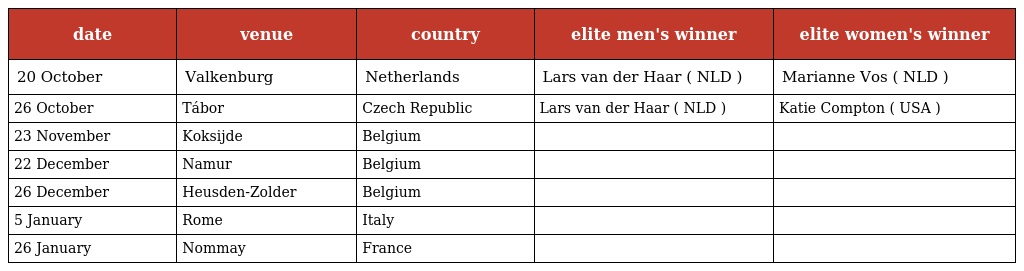
| date | venue | country | elite men's winner | elite women's winner |
 | --- | --- | --- | --- | --- |
 | 20 October | Valkenburg | Netherlands | Lars van der Haar ( NLD ) | Marianne Vos ( NLD ) |
 | 26 October | Tábor | Czech Republic | Lars van der Haar ( NLD ) | Katie Compton ( USA ) |
 | 23 November | Koksijde | Belgium |  |  |
 | 22 December | Namur | Belgium |  |  |
 | 26 December | Heusden-Zolder | Belgium |  |  |
 | 5 January | Rome | Italy |  |  |
 | 26 January | Nommay | France |  |  |